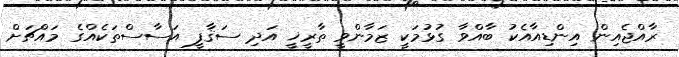
ރާއްޖެއިން އިންޑިއާއެކު ބާއްވާ ގުޅުމަކީ ޒަމާންވީ ތާރީޚީ އަދި ސަޤާފީ އަސާސްތަކެއްގެ މައްޗަށް